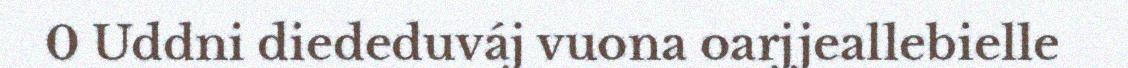
0 Uddni diededuváj vuona oarjjeallebielle